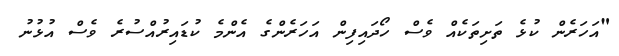
"އަހަރެން ކުޅެ ތަށިތަކެއް ވެސް ހޯދައިފިން އަހަރެންގެ އެންމެ ކުޑައިރުއްސުރެ ވެސް އުޅުނު